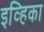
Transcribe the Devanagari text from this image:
इव्हिका